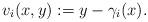
LaTeX: \begin{align*}v_i(x,y) := y- \gamma_i(x). \end{align*}